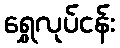
ရွှေလုပ်ငန်း